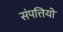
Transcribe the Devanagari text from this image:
संपत्तियो